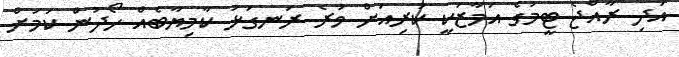
އަދި ރާއްޖެ ޓީމުގެ އަމާޒަކީ ކުރިއަށް ވުރެ ރަނގަޅު ކާމިޔާބެއް ހޯދުން ކަމަށް